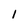
Character: 1